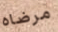
مرضاه